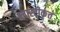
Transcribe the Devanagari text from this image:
प्लास्टीकृत